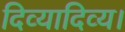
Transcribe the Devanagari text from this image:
दिव्यादिव्य।